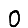
Digit: 0